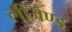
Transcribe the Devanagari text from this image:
लीजैण्ड